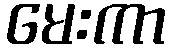
မေးကာ